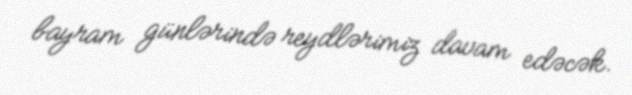
bayram günlərində reydlərimiz davam edəcək.